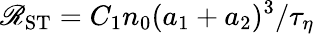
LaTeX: \mathscr{R}_{\mathrm{ST}}=C_{1}n_{0}(a_{1}+a_{2})^{3}/\tau_{\eta}